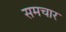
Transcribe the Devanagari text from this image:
समचार